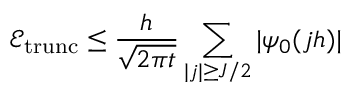
\mathcal { E } _ { \mathrm { t r u n c } } \leq \frac { h } { \sqrt { 2 \pi t } } \sum _ { | j | \geq J / 2 } | \psi _ { 0 } ( j h ) |